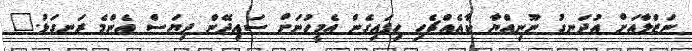
ނަޒްލާއަށް އުދަނގު ނޫނިއްޔާ ކާއެއްޗެހި ހިފައިގެން އެމީހުނަށް ސައިދޭން ދިޔަސް އެންމެ ރަނގަޅު."